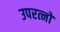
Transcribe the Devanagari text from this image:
उपरत्नो